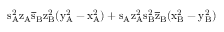
\mathrm { s _ { A } ^ { 2 } \mathrm { z _ { A } \mathrm { \overline { { s } } _ { B } \mathrm { z _ { B } ^ { 2 } ( \mathrm { y _ { A } ^ { 2 } - \mathrm { x _ { A } ^ { 2 } ) + \mathrm { s _ { A } \mathrm { z _ { A } ^ { 2 } \mathrm { s _ { B } ^ { 2 } \mathrm { \overline { { z } } _ { B } ( \mathrm { x _ { B } ^ { 2 } - \mathrm { y _ { B } ^ { 2 } ) } } } } } } } } } } } }